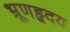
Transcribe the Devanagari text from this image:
भ्रूणहृदय